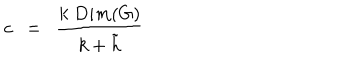
c ~ ~ = ~ ~ { \frac { k ~ D i m ( G ) } { k + { \tilde { h } } } }